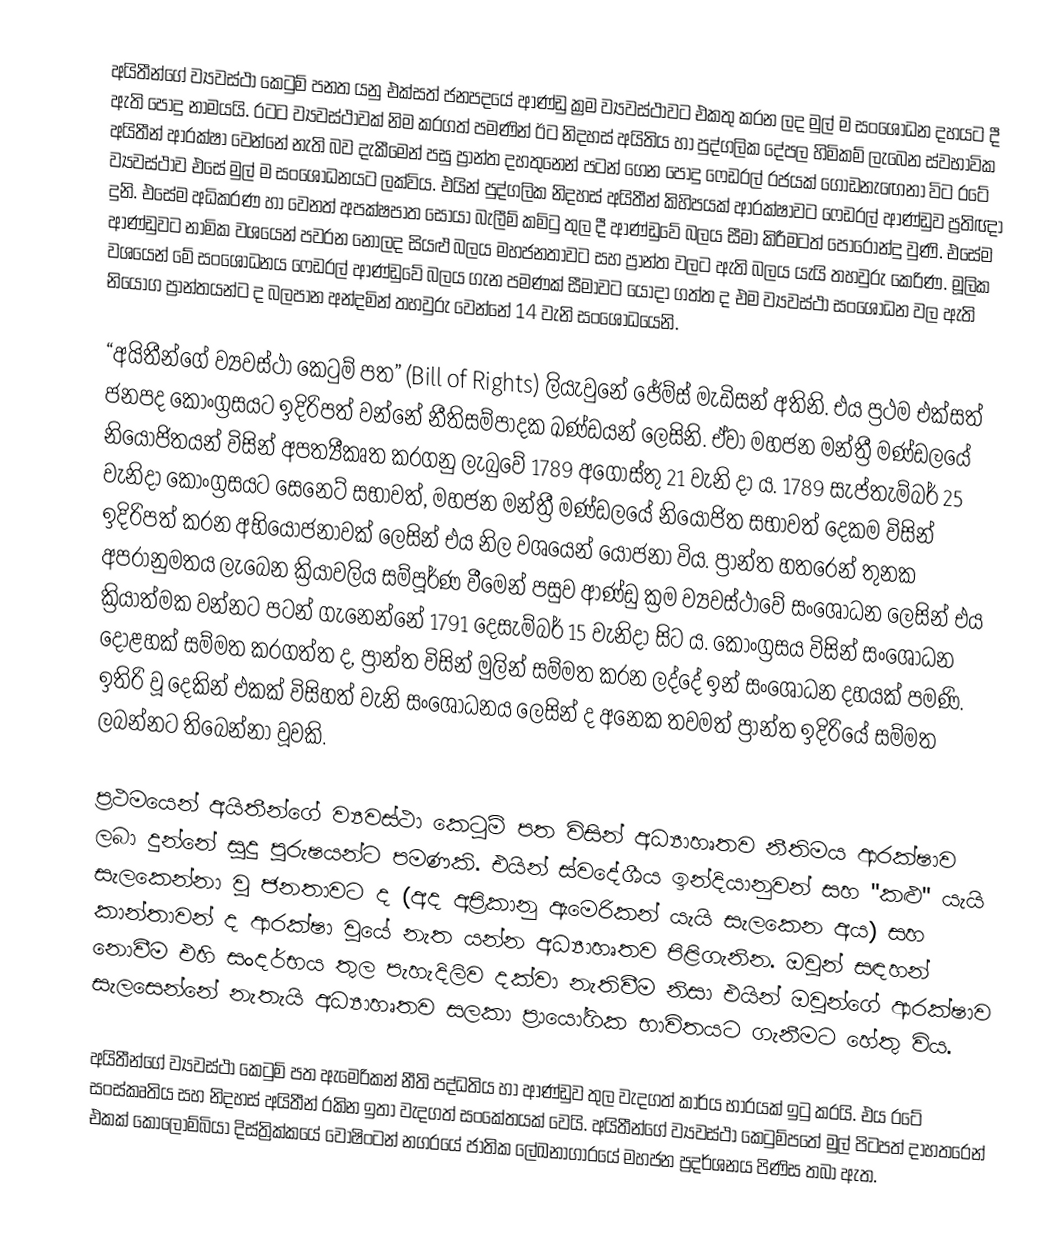
අයිතීන්ගේ ව්‍යවස්ථා කෙටුම් පනත යනු එක්සත් ජනපදයේ ආණ්ඩු ක්‍රම ව්‍යවස්ථාවට එකතු කරන ලද මුල් ම සංශෝධන දහයට දී ඇති පොදු නාමයයි. රටට ව්‍යවස්ථාවක් නිම කරගත් පමණින් ඊට නිදහස් අයිතිය හා පුද්ගලික දේපල හිමිකම් ලැබෙන ස්වභාවික අයිතීන් ආරක්ෂා වෙන්නේ නැති බව දැකීමෙන් පසු ප්‍රාන්ත දහතුනෙන් පටන් ගෙන පොදු ෆෙඩරල් රජයක් ගොඩනැඟෙනා විට රටේ ව්‍යවස්ථාව එසේ මුල් ම සංශෝධනයට ලක්විය. එයින් පුද්ගලික නිදහස් අයිතීන් කිහිපයක් ආරක්ෂාවට ෆෙඩරල් ආණ්ඩුව ප්‍රතිඥා දුනි. එසේම අධිකරණ හා වෙනත් අපක්ෂපාත සොයා බැලීම් කමිටු තුල දී ආණ්ඩුවේ බලය සීමා කිරීමටත් පොරොන්දු වුණි. එසේම ආණ්ඩුවට නාමික වශයෙන් පවරන නොලද සියළු බලය මහජනතාවට සහ ප්‍රාන්ත වලට ඇති බලය යැයි තහවුරු කෙරිණ. මූලික වශයෙන් මේ සංශෝධනය ෆෙඩරල් ආණ්ඩුවේ බලය ගැන පමණක් සීමාවට යොදා ගත්ත ද එම ව්‍යවස්ථා සංශෝධන වල ඇති නියෝග ප්‍රාන්තයන්ට ද බලපාන අන්දමින් තහවුරු වෙන්නේ 14 වැනි සංශෝධයෙනි.

“අයිතීන්ගේ ව්‍යවස්ථා කෙටුම් පත” (Bill of Rights) ලියැවුනේ ජේම්ස් මැඩිසන් අතිනි.  එය ප්‍රථම එක්සත් ජනපද කොංග්‍රසයට ඉදිරිපත් වන්නේ නීතිසම්පාදක ඛණ්ඩයන් ලෙසිනි. ඒවා මහජන මන්ත්‍රී මණ්ඩලයේ නියෝජිතයන් විසින් අපත්‍යීකෘත කරගනු ලැබුවේ 1789 අගෝස්තු 21 වැනි දා ය. 1789 සැප්තැම්බර් 25 වැනිදා කොංග්‍රසයට සෙනෙට් සභාවත්, මහජන මන්ත්‍රී මණ්ඩලයේ නියෝජිත සභාවත් දෙකම විසින් ඉදිරිපත් කරන අභියෝජනාවක් ලෙසින් එය නිල වශයෙන් යෝජනා විය. ප්‍රාන්ත හතරෙන් තුනක අපරානුමතය ලැබෙන ක්‍රියාවලිය සම්පූර්ණ වීමෙන් පසුව ආණ්ඩු ක්‍රම ව්‍යවස්ථාවේ සංශෝධන ලෙසින් එය ක්‍රියාත්මක වන්නට පටන් ගැනෙන්නේ 1791 දෙසැම්බර් 15 වැනිදා සිට ය. කොංග්‍රසය විසින් සංශෝධන දොළහක් සම්මත කරගත්ත ද, ප්‍රාන්ත විසින් මුලින් සම්මත කරන ලද්දේ ඉන් සංශෝධන දහයක් පමණි. ඉතිරි වූ දෙකින් එකක් විසිහත් වැනි සංශෝධනය ලෙසින් ද අනෙක  තවමත් ප්‍රාන්ත ඉදිරියේ සම්මත ලබන්නට තිබෙන්නා වූවකි.

ප්‍රථමයෙන් අයිතීන්ගේ ව්‍යවස්ථා කෙටුම් පත විසින් අධ්‍යාහෘතව නීතිමය ආරක්ෂාව ලබා දුන්නේ සුදු පුරුෂයන්ට පමණකි. එයින් ස්වදේශීය ඉන්දියානුවන් සහ "කළු" යැයි සැලකෙන්නා වූ ජනතාවට ද (අද අප්‍රිකානු ඇමෙරිකන් යැයි සැලකෙන අය) සහ කාන්තාවන් ද ආරක්ෂා වූයේ නැත යන්න අධ්‍යාහෘතව පිළිගැනින. ඔවුන් සඳහන් නොවීම එහි සංදර්භය තුල පැහැදිලිව දක්වා නැතිවීම නිසා එයින් ඔවුන්ගේ ආරක්ෂාව සැලසෙන්නේ නැතැයි අධ්‍යාහෘතව සලකා ප්‍රායෝගික භාවිතයට ගැනීමට හේතු විය.

අයිතීන්ගේ ව්‍යවස්ථා කෙටුම් පත ඇමෙරිකන් නීති පද්ධතිය හා ආණ්ඩුව තුල වැදගත් කාර්ය භාරයක් ඉටු කරයි. එය රටේ සංස්කෘතිය සහ නිදහස් අයිතීන් රකින ඉතා වැදගත් සංකේතයක් වෙයි. අයිතීන්ගේ ව්‍යවස්ථා කෙටුම්පතේ මුල් පිටපත් දාහතරෙන් එකක් කොලොම්බියා දිස්ත්‍රික්කයේ වොෂිංටන් නගරයේ ජාතික ලේඛනාගාරයේ මහජන ප්‍රදර්ශනය පිණිස තබා ඇත.